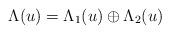
LaTeX: \begin{align*}\Lambda(u)=\Lambda_1(u)\oplus \Lambda_2(u)\end{align*}